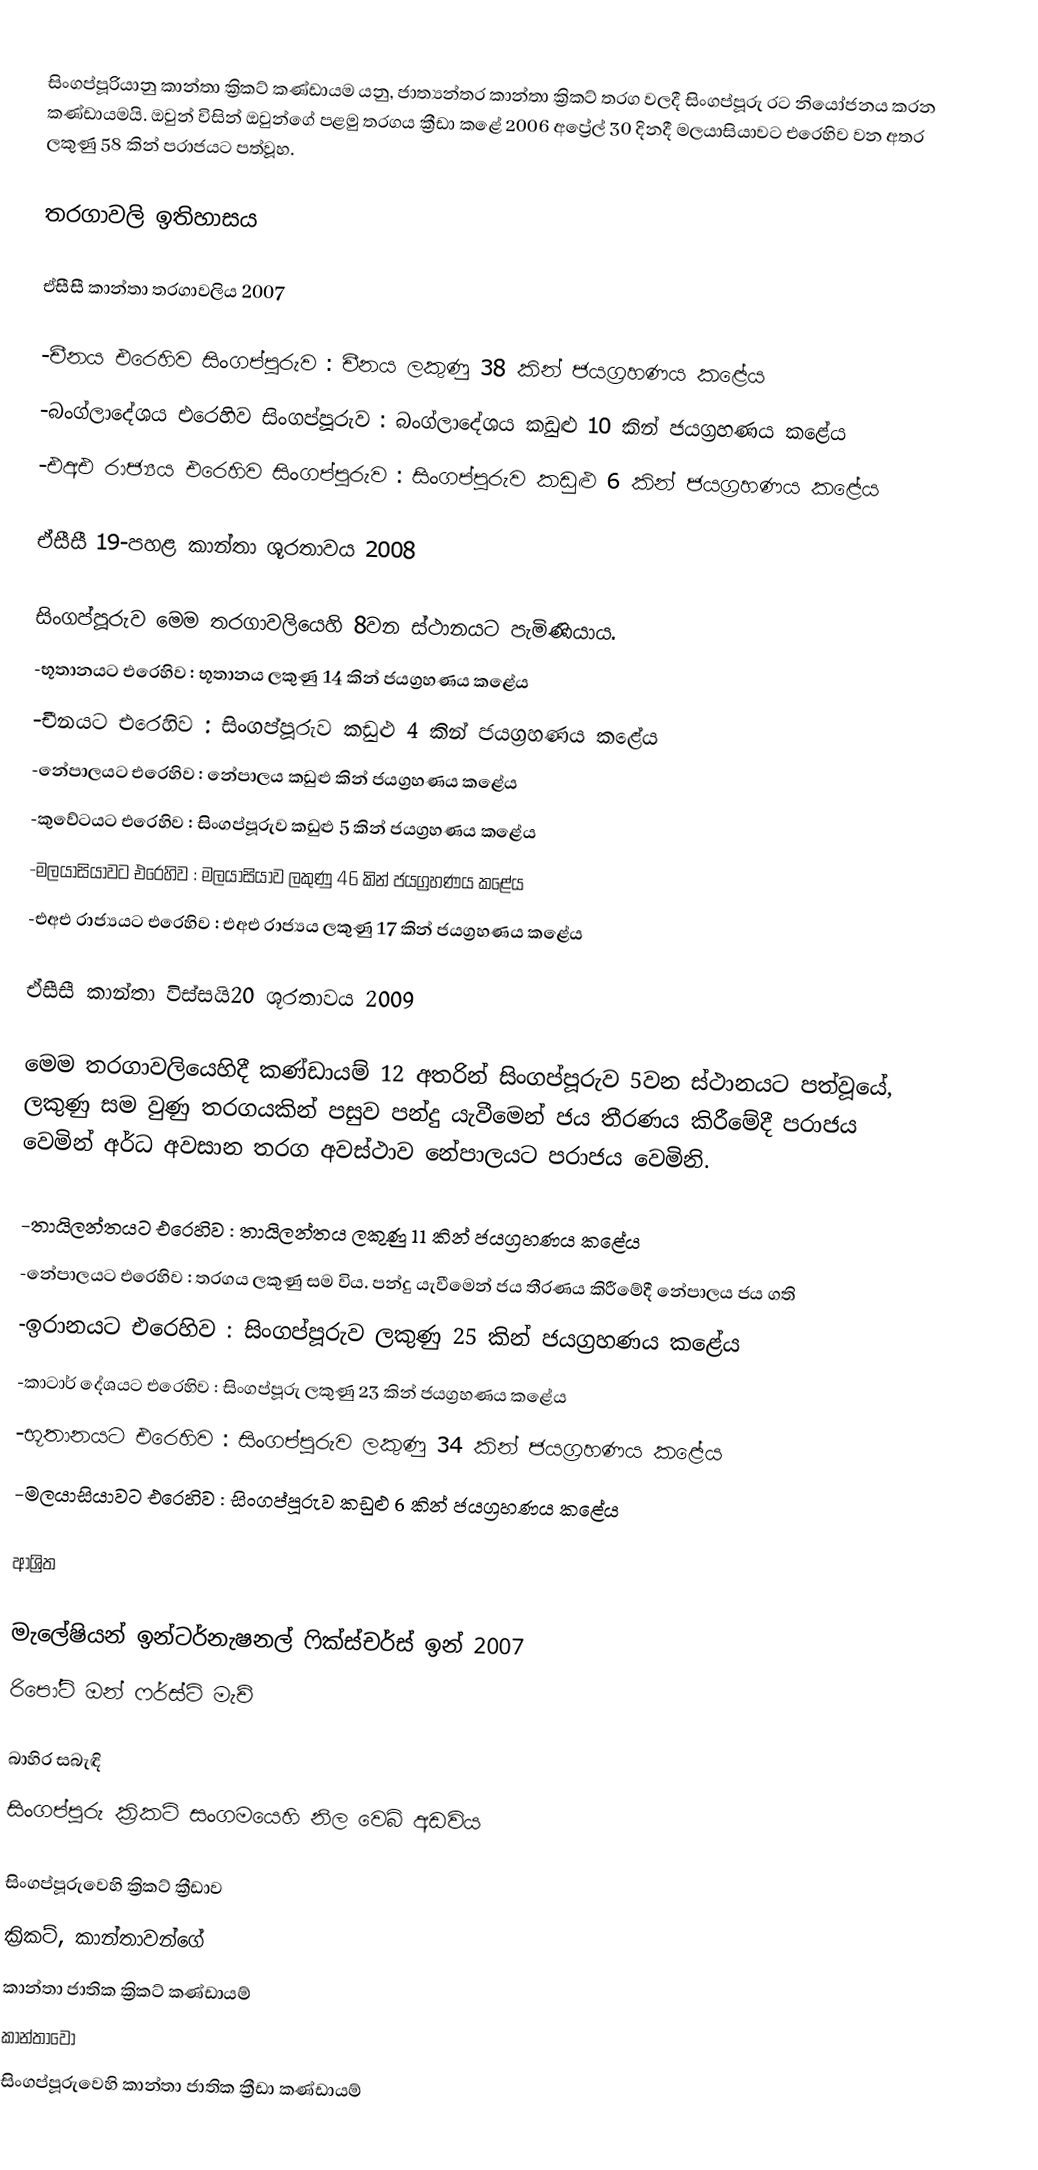
සිංගප්පූරියානු කාන්තා ක්‍රිකට් කණ්ඩායම යනු, ජාත්‍යන්තර කාන්තා ක්‍රිකට් තරග වලදී සිංගප්පූරු රට නියෝජනය කරන කණ්ඩායමයි. ඔවුන් විසින් ඔවුන්ගේ පළමු තරගය ක්‍රීඩා කළේ  2006 අප්‍රේල් 30 දිනදී මලයාසියාවට එරෙහිව වන අතර ලකුණු  58 කින් පරාජයට පත්වූහ.

තරගාවලි ඉතිහාසය

ඒසීසී කාන්තා තරගාවලිය 2007

-චීනය එරෙහිව සිංගප්පූරුව : චීනය ලකුණු 38 කින් ජයග්‍රහණය කළේය
-බංග්ලාදේශය එරෙහිව සිංගප්පූරුව : බංග්ලාදේශය කඩුළු 10 කින් ජයග්‍රහණය කළේය
-එඅඑ රාජ්‍යය එරෙහිව සිංගප්පූරුව : සිංගප්පූරුව කඩුළු 6 කින් ජයග්‍රහණය කළේය

ඒසීසී 19-පහළ කාන්තා ශූරතාවය 2008

සිංගප්පූරුව මෙම තරගාවලියෙහි 8වන ස්ථානයට පැමිණියාය.
-භූතානයට එරෙහිව : භූතානය ලකුණු 14 කින් ජයග්‍රහණය කළේය
-චීනයට එරෙහිව : සිංගප්පූරුව කඩුළු 4 කින් ජයග්‍රහණය කළේය
-නේපාලයට එරෙහිව : නේපාලය කඩුළු  කින් ජයග්‍රහණය කළේය
-කුවේටයට එරෙහිව : සිංගප්පූරුව කඩුළු 5 කින් ජයග්‍රහණය කළේය
-මලයාසියාවට එරෙහිව : මලයාසියාව ලකුණු 46 කින් ජයග්‍රහණය කළේය
-එඅඑ රාජ්‍යයට එරෙහිව : එඅඑ රාජ්‍යය ලකුණු 17 කින් ජයග්‍රහණය කළේය

ඒසීසී කාන්තා විස්සයි20 ශූරතාවය 2009

මෙම තරගාවලියෙහිදී කණ්ඩායම් 12 අතරින් සිංගප්පූරුව 5වන ස්ථානයට පත්වූයේ, ලකුණු සම වුණු තරගයකින් පසුව පන්දු යැවීමෙන් ජය තීරණය කිරීමේදී පරාජය වෙමින් අර්ධ අවසාන තරග අවස්ථාව නේපාලයට පරාජය වෙමිනි.

-තායිලන්තයට එරෙහිව : තායිලන්තය ලකුණු 11 කින් ජයග්‍රහණය කළේය
-නේපාලයට එරෙහිව : තරගය ලකුණු සම විය. පන්දු යැවීමෙන් ජය තීරණය කිරීමේදී නේපාලය ජය ගති
-ඉරානයට එරෙහිව : සිංගප්පූරුව ලකුණු 25 කින් ජයග්‍රහණය කළේය
-කාටාර් දේශයට එරෙහිව : සිංගප්පූරු ලකුණු 23 කින් ජයග්‍රහණය කළේය
-භූතානයට එරෙහිව : සිංගප්පූරුව ලකුණු 34 කින් ජයග්‍රහණය කළේය
-මලයාසියාවට එරෙහිව : සිංගප්පූරුව කඩුළු 6 කින් ජයග්‍රහණය කළේය

ආශ්‍රිත

මැලේෂියන් ඉන්ටර්නැෂනල් ෆික්ස්චර්ස් ඉන් 2007
රිපෝට් ඔන් ෆර්ස්ට් මැච්

බාහිර සබැඳි
සිංගප්පූරු ක්‍රිකට් සංගමයෙහි නිල වෙබ් අඩවිය

සිංගප්පූරුවෙහි ක්‍රිකට් ක්‍රීඩාව
ක්‍රිකට්, කාන්තාවන්ගේ
කාන්තා ජාතික ක්‍රිකට් කණ්ඩායම්
කාන්තාවෝ
සිංගප්පූරුවෙහි කාන්තා ජාතික ක්‍රීඩා කණ්ඩායම්